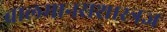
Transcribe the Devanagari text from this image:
बालमानसशास्त्रज्ञ